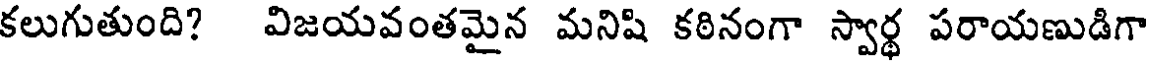
కలుగుతుంది? విజయవంతమైన మనిషి కఠినంగా స్వార్థ పరాయణుడిగా